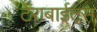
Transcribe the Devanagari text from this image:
टेराबाईट्स